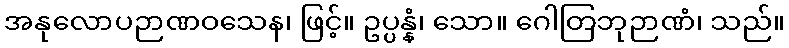
အနုလောပဉာဏဝသေန၊ ဖြင့်။ ဥပ္ပန္နံ၊ သော။ ဂေါတြဘုဉာဏံ၊ သည်။